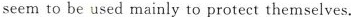
seem to be used mainly to protect themselves.